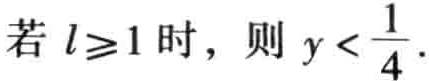
若 \(l\geqslant1\) 时，则 \(y < \frac{1}{4}\) .